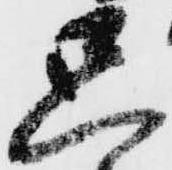
只